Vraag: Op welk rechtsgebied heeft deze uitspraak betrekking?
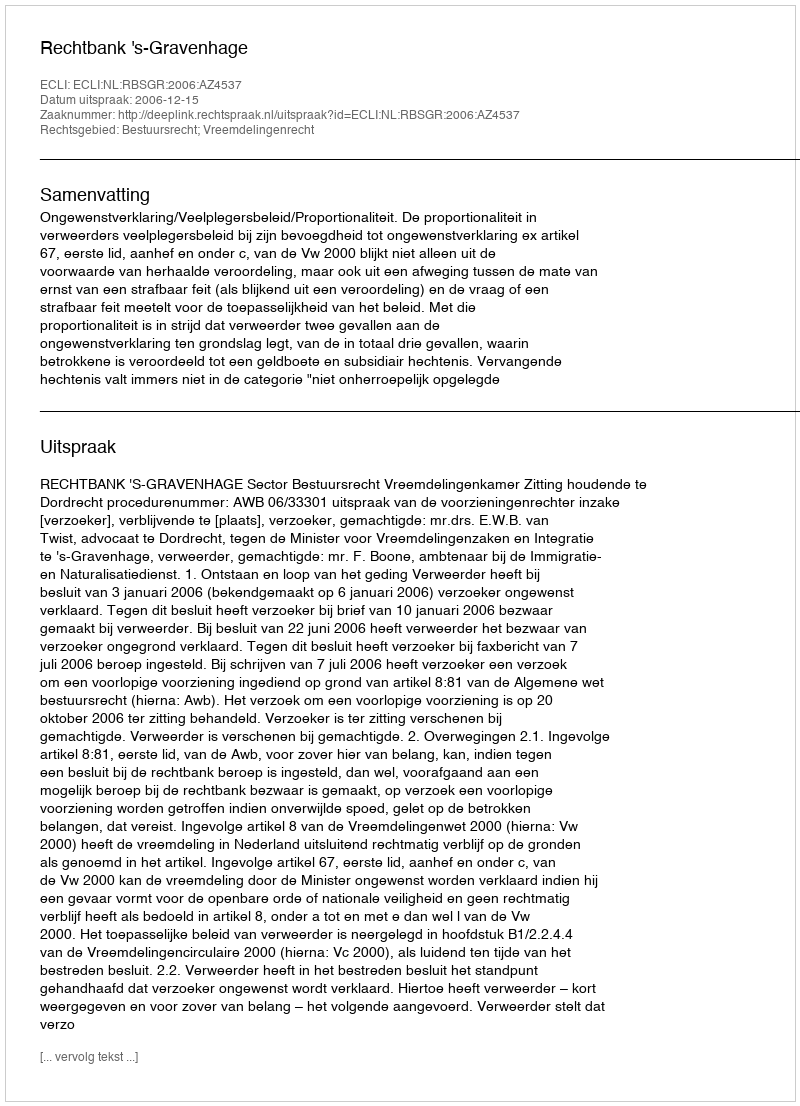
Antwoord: Bestuursrecht; Vreemdelingenrecht